Scottish Leaving Certificate Examination, 1956
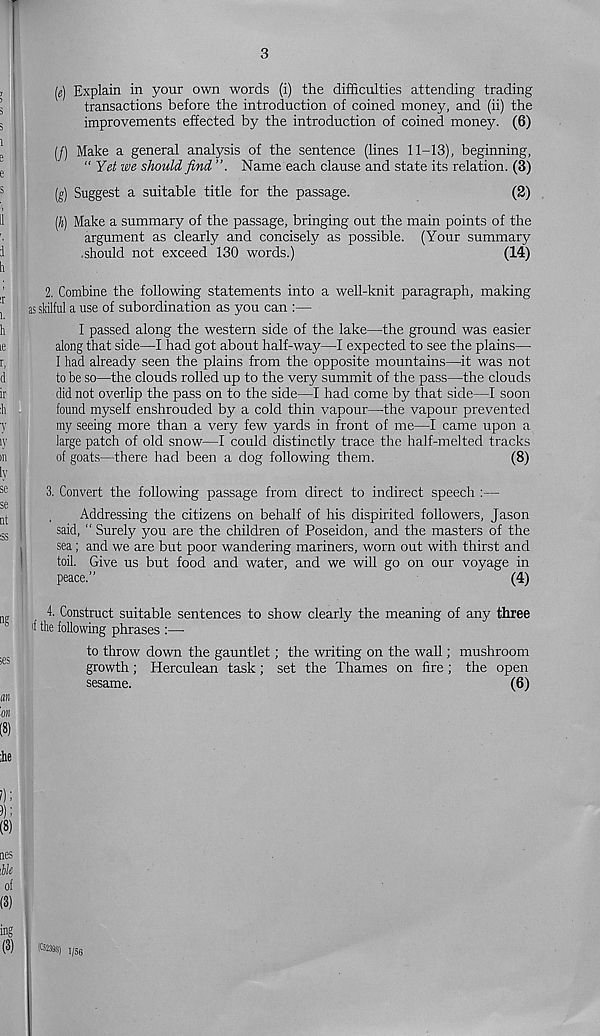
3
(e) Explain in your own words (i) the difficulties attending trading
transactions before the introduction of coined money, and (ii) the
improvements effected by the introduction of coined money. (6)
(/) Make a general analysis of the sentence (lines 11-13), beginning,
“ Yet we should find
Name each clause and state its relation. (3)
(g) Suggest a suitable title for the passage.
(2)
(h) Make a summary of the passage, bringing out the main points of the
argument as clearly and concisely as possible. (Your summary
should not exceed 130 words.)
(14)
2. Combine the following statements into a well-knit paragraph, making
as skilful a use of subordination as you can :—
I passed along the western side of the lake—the ground was easier
along that side—I had got about half-way—I expected to see the plains—
I had already seen the plains from the opposite mountains—it was not
to be so—the clouds rolled up to the very summit of the pass—the clouds
did not overlip the pass on to the side—I had come by that side—I soon
found myself enshrouded by a cold thin vapour—the vapour prevented
my seeing more than a very few yards in front of me—I came upon a
large patch of old snow—I could distinctly trace the half-melted tracks
of goats—there had been a dog following them.
(8)
3. Convert the following passage from direct to indirect speech :—
Addressing the citizens on behalf of his dispirited followers, Jason
said, “ Surely you are the children of Poseidon, and the masters of the
sea; and we are but poor wandering mariners, worn out with thirst and
toil. Give us but food and water, and we will go on our voyage in
peace.”
(4)
4. Construct suitable sentences to show clearly the meaning of any three
<f the following phrases :—
to throw down the gauntlet; the writing on the wall; mushroom
growth; Herculean task; set the Thames on fire; the open
sesame.
(6)
1/56